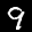
Label: 9